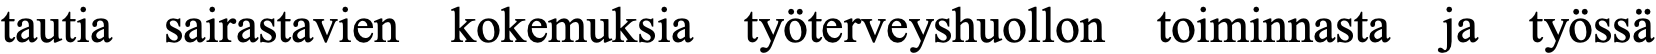
tautia sairastavien kokemuksia työterveyshuollon toiminnasta ja työssä